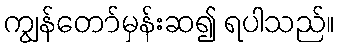
ကျွန်တော်မှန်းဆ၍ ရပါသည်။